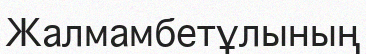
Жалмамбетұлының